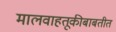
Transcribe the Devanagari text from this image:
मालवाहतूकीबाबतीत